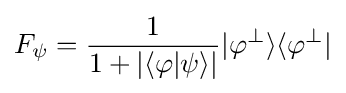
F_{\psi }={\frac {1}{1+|\langle \varphi |\psi \rangle |}}|\varphi ^{\perp }\rangle \langle \varphi ^{\perp }|